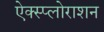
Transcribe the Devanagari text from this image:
ऐक्स्प्लोराशन